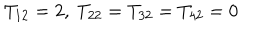
T _ { 1 2 } = 2 , \ T _ { 2 2 } = T _ { 3 2 } = T _ { 4 2 } = 0